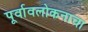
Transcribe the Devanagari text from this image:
पूर्वावलोकनाचा